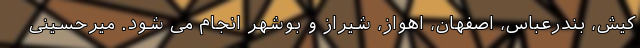
کیش، بندرعباس، اصفهان، اهواز، شیراز و بوشهر انجام می شود. میرحسینی